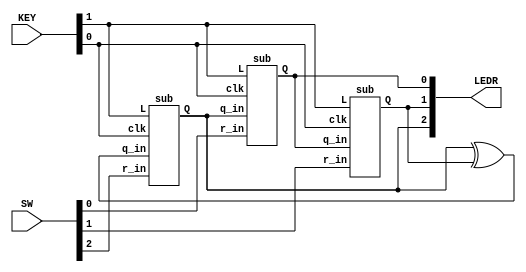
module top_module (
	input [2:0] SW,      // R
	input [1:0] KEY,     // L and clk
	output [2:0] LEDR);  // Q
    sub inst0(KEY[0],KEY[1],SW[0],LEDR[2],LEDR[0]);
    sub inst1(KEY[0],KEY[1],SW[1],LEDR[0],LEDR[1]);
    sub inst2(KEY[0],KEY[1],SW[2],LEDR[2]^LEDR[1],LEDR[2]);
endmodule


module sub (
	input clk,
	input L,
	input r_in,
	input q_in,
	output reg Q);
    always @(posedge clk)begin
        Q<=(L)?r_in:q_in;
    end
endmodule